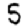
Digit: 5